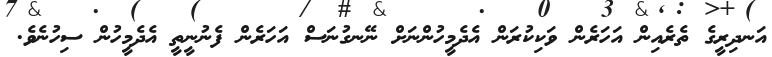
އަނދިރީގެ ތެރެއިން އަހަރެން ވަކިކުރަން އެދެމީހުންނަށް ނޭނގުނަސް އަހަރެން ފެނުނީތީ އެދެމީހުން ސިހުނެވެ.